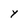
Character: Y